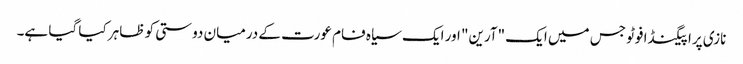
نازی پراپیگنڈا فوٹو جس میں ایک "آرین" اور ایک سیاہ فام عورت کے درمیان دوستی کو ظاہر کیا گیا ہے۔